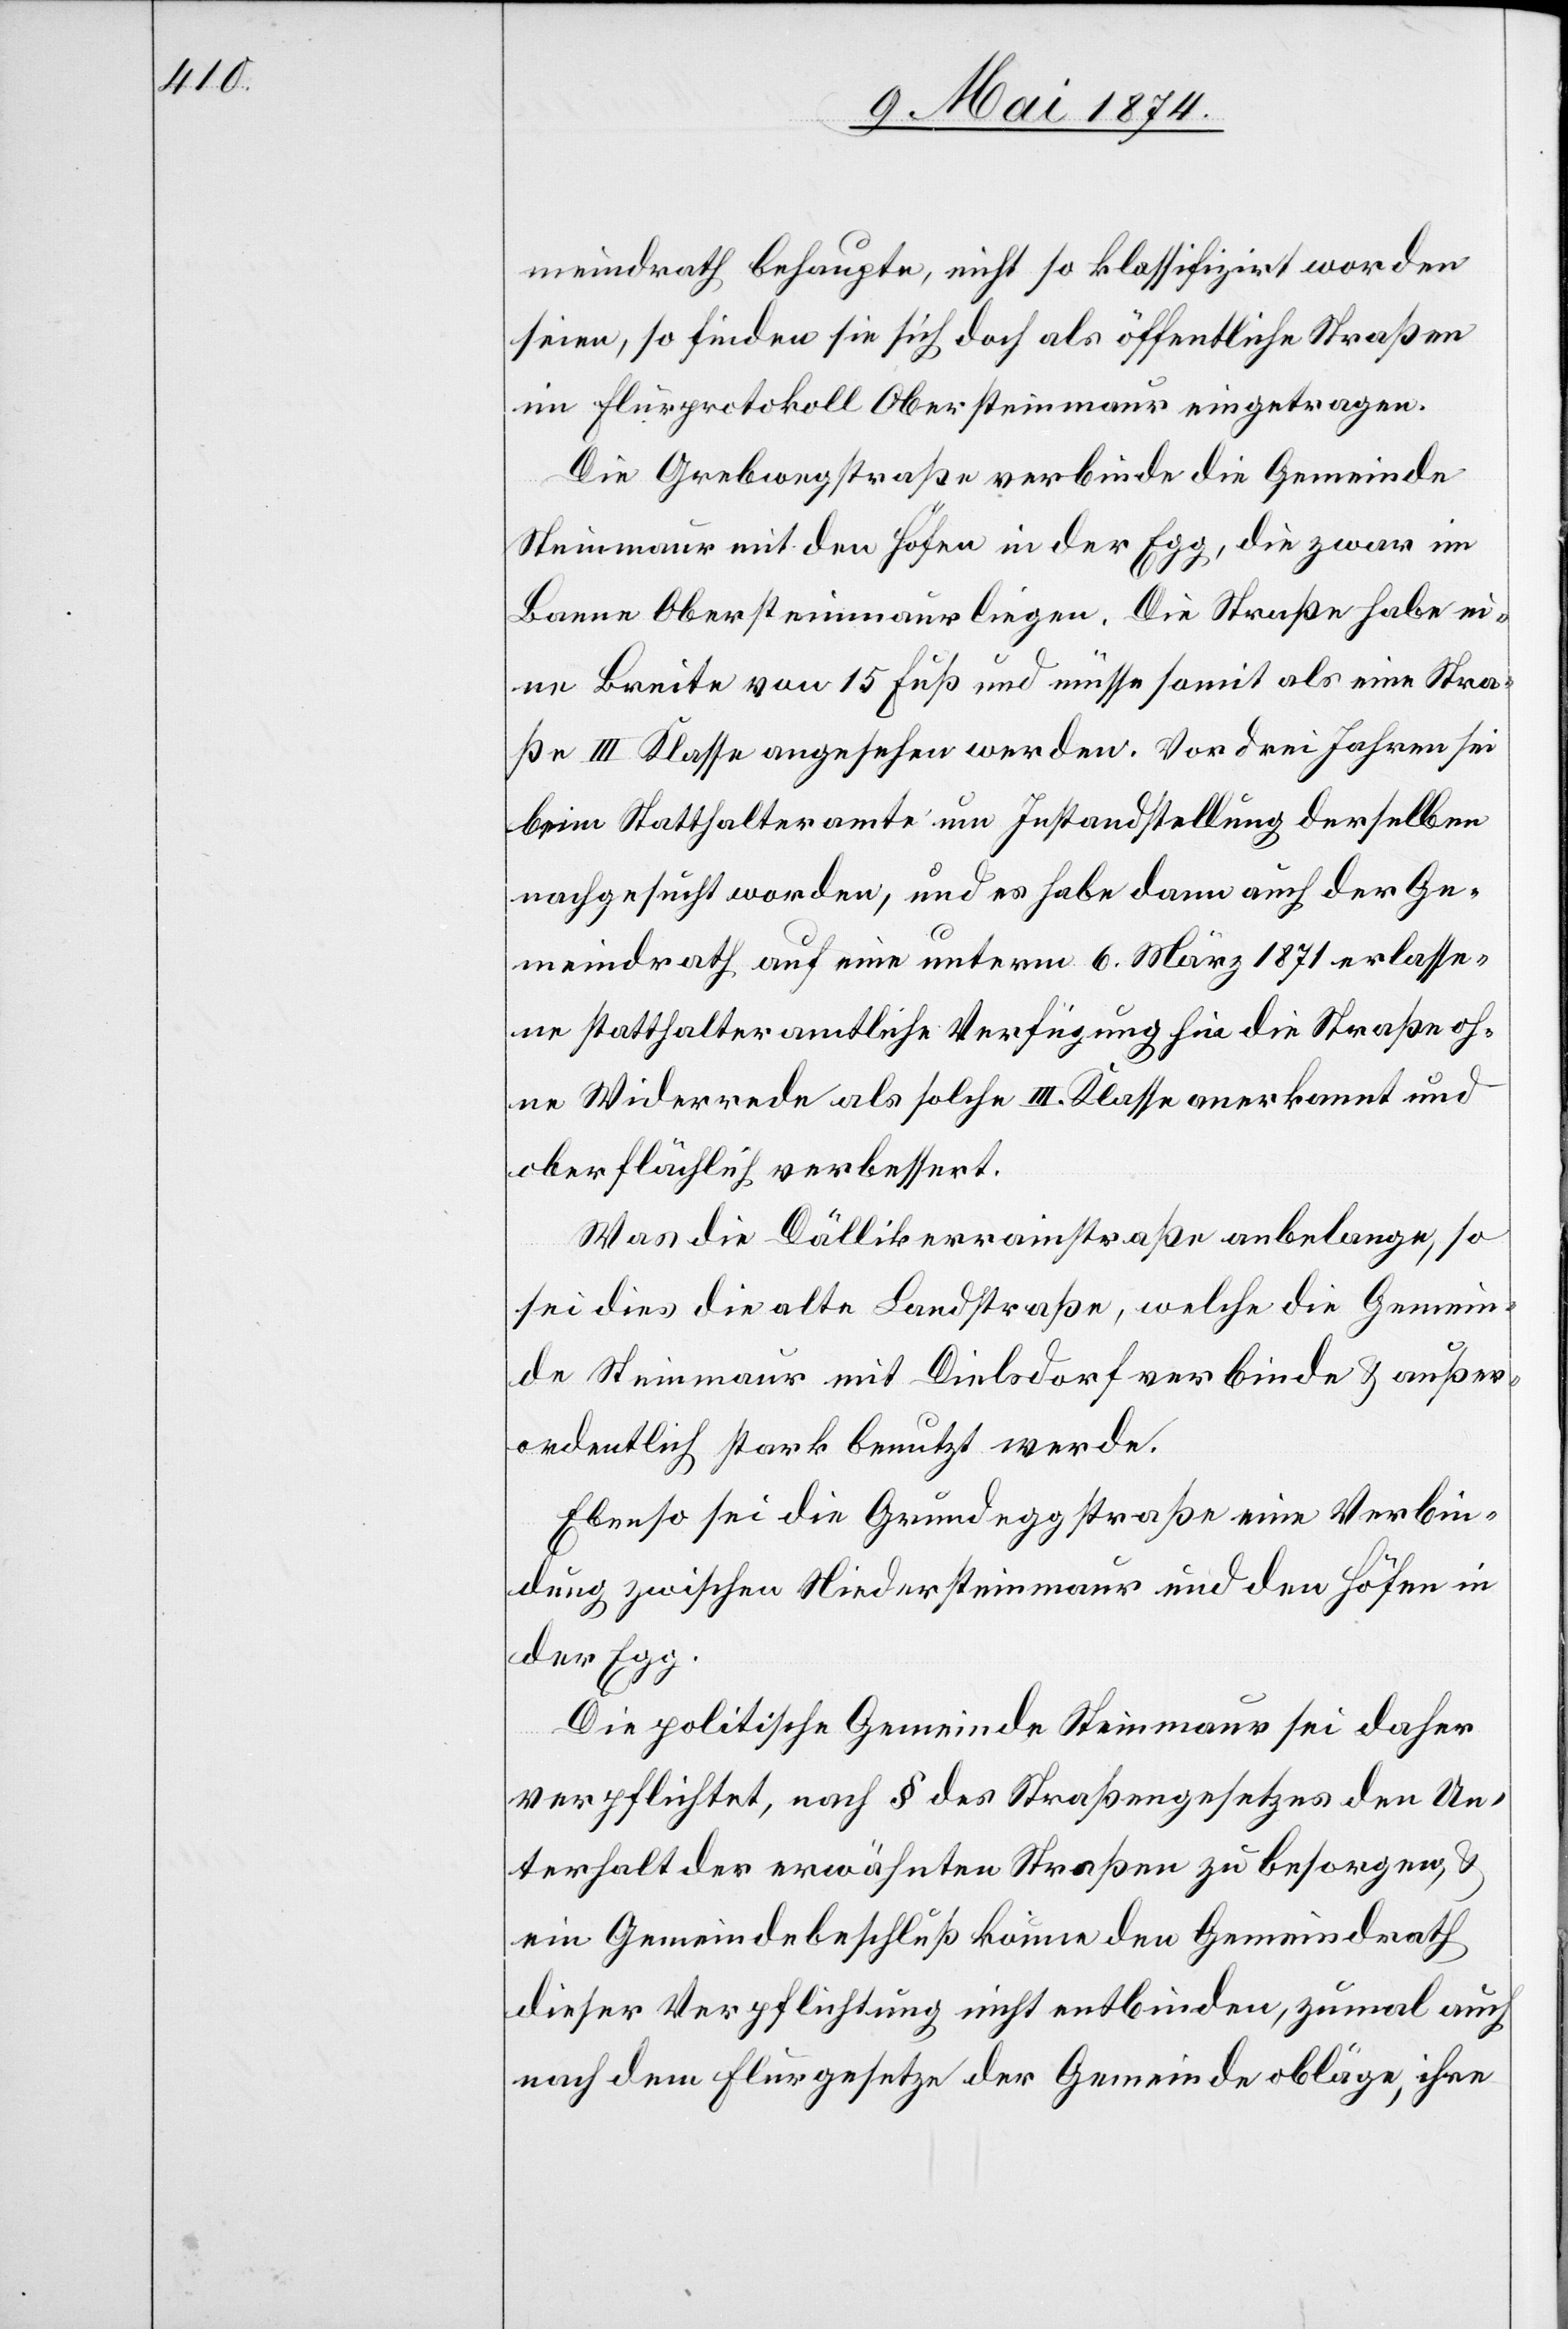
meindrath behaupte, nicht so klassifizirt worden
seien, so finden sie sich doch als öffentliche Straßen
im Flurprotokoll Obersteinmaur eingetragen.
Die Grebwegstraße verbinde die Gemeinde
Steinmaur mit den Höfen in der Egg, die zwar im
Banne Obersteinmaur liegen. Die Straße habe ei¬
ne Breite von 15 Fuß und müsse somit als eine Stra¬
ße III. Klasse angesehen werden. Vor drei Jahren sei
beim Statthalteramte um Instandstellung derselben
nachgesucht worden, und es habe dann auch der Ge¬
meindrath auf eine unterm 6. März 1871 erlasse¬
ne statthalteramtliche Verfügung hin die Straße oh¬
ne Widerrede als solche III. Klasse anerkannt und
oberflächlich verbessert.
Was die Dällikerrainstraße anbelange, so
sei dies die alte Landstraße, welche die Gemein¬
de Steinmaur mit Dielsdorf verbinde u. außer¬
ordentlich stark benutzt werde.
Ebenso sei die Grundeggstraße eine Verbin¬
dung zwischen Niedersteinmaur und den Höfen in
der Egg.
Die politische Gemeinde Steinmaur sei daher
verpflichtet, nach § des Straßengesetzes den Un¬
terhalt der erwähnten Straßen zu besorgen u.
ein Gemeindebeschluß könne den Gemeindrath
dieser Verpflichtung nicht entbinden, zumal auch
nach dem Flurgesetze der Gemeinde obläge, ihre